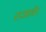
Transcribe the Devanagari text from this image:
राजाथे।